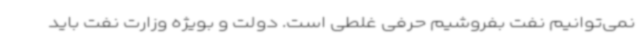
نمی‌توانیم نفت بفروشیم حرفی غلطی است. دولت و بویژه وزارت نفت باید